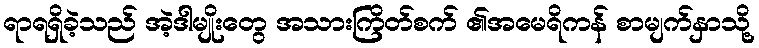
ရာရရှိခဲ့သည် အဲ့ဒါမျိုးတွေ အသားကြိတ်စက် ၏အမေရိကန် စာမျက်နှာသို့